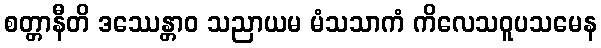
စတ္တာနီတိ ဒဿေန္တာဝ သညာယမ မံသသာကံ ကိလေသဝူပသမေန